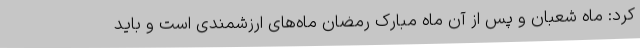
کرد: ماه شعبان و پس از آن ماه مبارک رمضان ماه‌های ارزشمندی است و باید